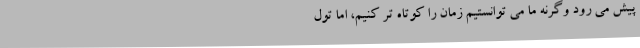
پیش می ‌رود وگرنه ما می ‌توانستیم زمان را کوتاه ‌تر کنیم، اما تول